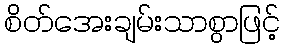
စိတ်အေးချမ်းသာစွာဖြင့်